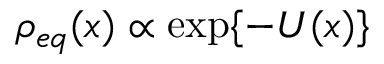
\rho _ { e q } ( x ) \propto \exp \{ - U ( x ) \}